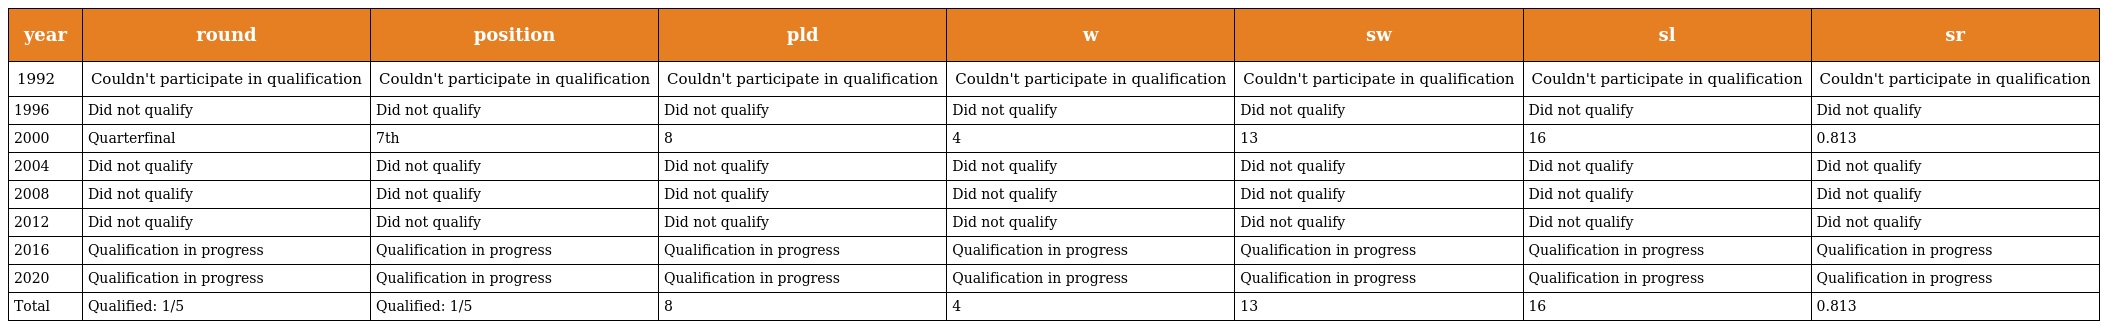
| year | round | position | pld | w | sw | sl | sr |
 | --- | --- | --- | --- | --- | --- | --- | --- |
 | 1992 | Couldn't participate in qualification | Couldn't participate in qualification | Couldn't participate in qualification | Couldn't participate in qualification | Couldn't participate in qualification | Couldn't participate in qualification | Couldn't participate in qualification |
 | 1996 | Did not qualify | Did not qualify | Did not qualify | Did not qualify | Did not qualify | Did not qualify | Did not qualify |
 | 2000 | Quarterfinal | 7th | 8 | 4 | 13 | 16 | 0.813 |
 | 2004 | Did not qualify | Did not qualify | Did not qualify | Did not qualify | Did not qualify | Did not qualify | Did not qualify |
 | 2008 | Did not qualify | Did not qualify | Did not qualify | Did not qualify | Did not qualify | Did not qualify | Did not qualify |
 | 2012 | Did not qualify | Did not qualify | Did not qualify | Did not qualify | Did not qualify | Did not qualify | Did not qualify |
 | 2016 | Qualification in progress | Qualification in progress | Qualification in progress | Qualification in progress | Qualification in progress | Qualification in progress | Qualification in progress |
 | 2020 | Qualification in progress | Qualification in progress | Qualification in progress | Qualification in progress | Qualification in progress | Qualification in progress | Qualification in progress |
 | Total | Qualified: 1/5 | Qualified: 1/5 | 8 | 4 | 13 | 16 | 0.813 |